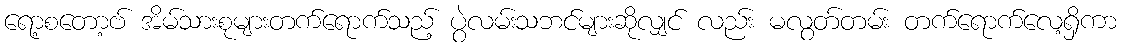
ရော့စတော့ဗ် အိမ်သားစုများတက်ရောက်သည့် ပွဲလမ်းသဘင်များဆိုလျှင် လည်း မလွတ်တမ်း တက်ရောက်လေ့ရှိကာ